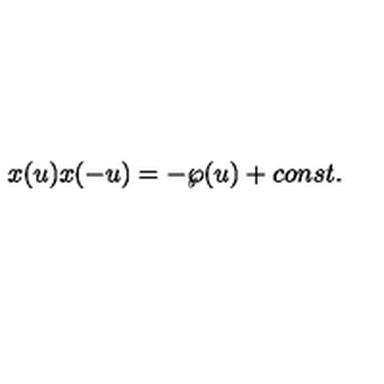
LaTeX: x ( u ) x ( - u ) = - \wp ( u ) + c o n s t .